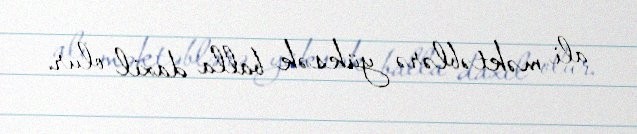
ali məktəblərə yüksək balla daxil olur.